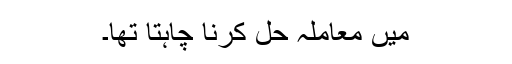
میں معاملہ حل کرنا چاہتا تھا۔